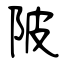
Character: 陂